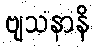
ဗျသနာနိ